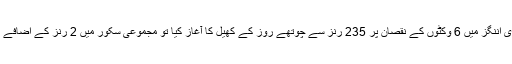
میزبان انگلش ٹیم لارڈز ٹیسٹ کی دوسری اننگز میں 6 وکٹوں کے نقصان پر 235 رنز سے چوتھے روز کے کھیل کا آغاز کیا تو مجموعی سکور میں 2 رنز کے اضافے کے بعد بٹلر 67 رنز بناکر آﺅٹ ہوگئے۔